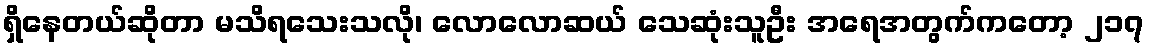
ရှိနေတယ်ဆိုတာ မသိရသေးသလို၊ လောလောဆယ် သေဆုံးသူဦး အရေအတွက်ကတော့ ၂၁၇